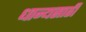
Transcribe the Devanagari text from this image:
धान्यसाठी